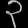
Digit: ၃